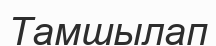
Тамшылап